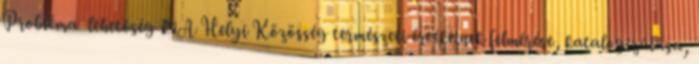
Probléma lehetőség ▪A Helyi Közösség természeti értékeinek felmérése, katalogizálása,